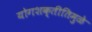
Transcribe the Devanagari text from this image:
योगशक्तीतिमुळे